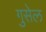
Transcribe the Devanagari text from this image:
गुसेल